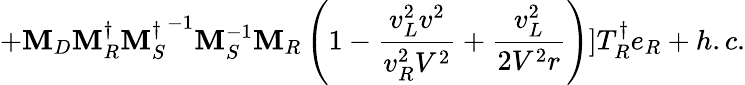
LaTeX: +\mathbf{M}_{D}\mathbf{M}_{R}^{\dagger}{\mathbf{M}_{S}^{\dagger}}^{-1}\mathbf{M}_{S}^{-1}\mathbf{M}_{R}\left(1-\frac{{v_{L}^{2}v^{2}}}{{v_{R}^{2}V^{2}}}+\frac{{v_{L}^{2}}}{{2V^{2}r}}\right)]T_{R}^{\dagger}e_{R}+h.c.